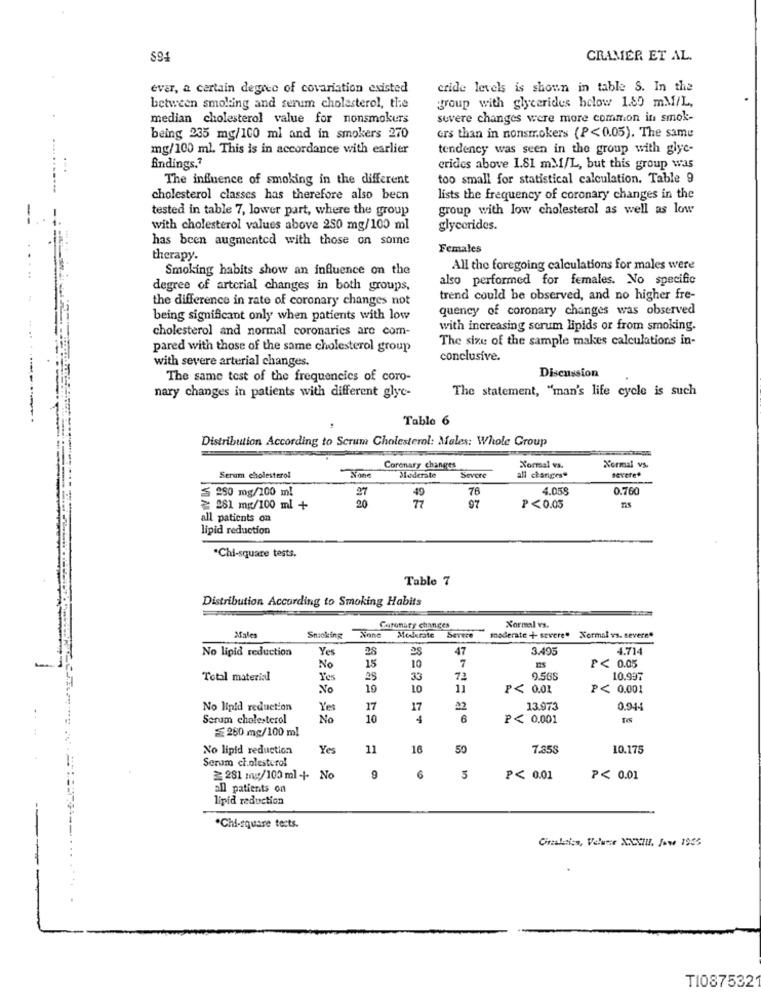
$94
CRAMER ET AL.
evar, a certain degree of covariation existed
cride levels is shown in table S. In the
between smoking and serim cholesterol, the
group with glycerides hclow 1.80 mM/L,
median cholesterol value for nonsmokers
severe changes were more common in smok-
being 235 mg/100 ml and in smokers 270
ers than in nonsmokers (P<0.05). The same
mg/100 ml. This is in accordance with earlier
tendency was seen in the group with glyc-
findings.'
crides above 1.81 mM-1/L, but this group was
The influence of smoking in the different
too small for statistical calculation. Table 9
cholesterol classes has therefore also becn
lists the frequency of coronary changes in the
tested in table 7, lower part, where the group
group with low cholesterol as well as low
with cholesterol values above 250 mg/100 ml
glycerides.
has been augmented with those on some
Females
therapy.
Smoking habits show an influence on the
All the foregoing calculations for males were
also performed for females. No specific
degree of arterial changes in both groups,
the difference in rate of coronary changes not
trend could be observed, and no higher fre-
quency of coronary changes was observed
being significant only when patients with low
cholesterol and normal coronaries are com-
with increasing serum lipids or from smoking.
The size of the sample makes calculations in-
pared with those of the same cholesterol group
with severe arterial changes.
conclusive.
Discussion
The same test of the frequencies of coro-
The statement, "man's life cycle is such
nary changes in patients with different glyc-
Table 6
Distribution According to Scrum Cholesterol: Males: Whole Group
Coronary changes
Xormal va.
Normal vs.
Serum cholesterol
Moderate
Severe
all changes"
≤ 250 mg/200 ml
27
49
76
4.058
0.760
20
77
≥ 281 mg/100 ml +
97
P<0.05
all patients on
lipid reduction
*Chi-square tests.
Table 7
Distribution According to Smoking Habits
Caromary chances
Xormal vs.
Sales
Smoking
Moderate
Severe
moderate + severe" Normal vs. severe"
No lipid reduction
Yes
28
47
3.495
4.714
7
No
15
10
P< 0.05
Total material
les
25
33
72
9.565
10.997
No
10
10
11
P< 0.01
P< 0.001
No lipid reduction
Yes
17
17
13.973
0.944
Serum cholesterol
No
10
P< 0.001
≤ 260 mg/100 ml
No lipid reduction
Yes
11
16
50
7.353
10.175
Serum cholesterol
6
≥281 mg/100 ml + No
5
P< 0.01
P< 0.01
all patients on
lipid reduction
.Chi-square tests.
Graleiss, Velwer XCUIIL. Jow 1955
TI087532